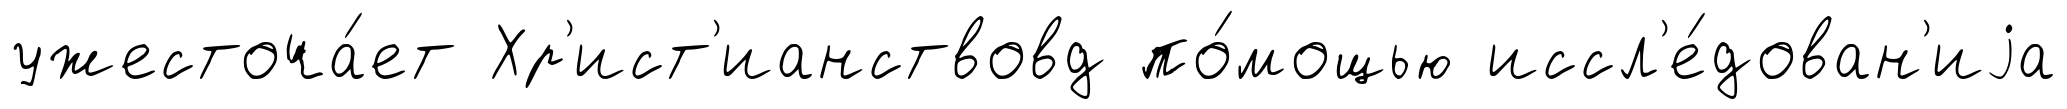
ужесточа́ет Хр'ист'ианствовд по́мощью иссл'е́дован'иjа